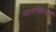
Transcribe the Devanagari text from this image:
नारसिज्म